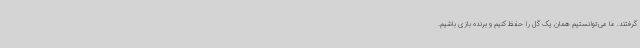
گرفتند. ما می‌توانستیم همان یک گل را حفظ کنیم و برنده بازی باشیم.